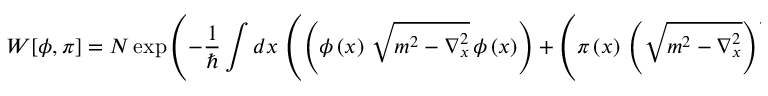
W [ \phi , \pi ] = { \cal N } \exp \left( - \frac { 1 } { \hbar } \int d x \, \left( \left( \phi \left( x \right) \, \sqrt { m ^ { 2 } - \nabla _ { x } ^ { 2 } } \, \phi \left( x \right) \right) + \left( { \pi } \left( x \right) \, \left( \sqrt { m ^ { 2 } - \nabla _ { x } ^ { 2 } } \right) ^ { - 1 } \! { \pi } \left( x \right) \right) \right) \right) ,